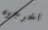
اخرجوه